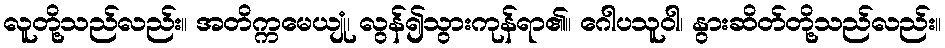
လူတို့သည်လည်း။ အတိက္ကမေယျုံ၊ လွန်၍သွားကုန်ရာ၏။ ဂေါပသူဝါ၊ နွားဆိတ်တို့သည်လည်း။